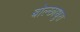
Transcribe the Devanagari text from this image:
बोल्छाधुरा